Report on sanitation, dispensaries, and jails in Rajputana for 1913, and on vaccination for the year 1913-1914 - 1913-1914
Year: 1913
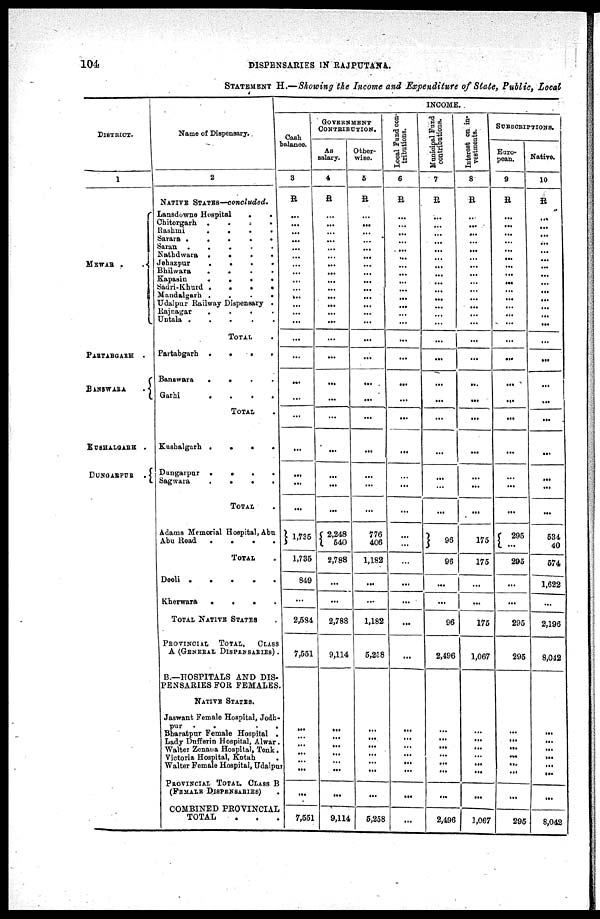
104
DISPENSARIES IN RAJPUTANA.
STATEMENT H.—Showing the Income and Expenditure of State, Public, Local
DISTRICT.
1
MEWAR
PARTABGARH .
BANSWARA
.
KUSHALGARH .
DUNGARPUR
.
Name of Dispensary.
2
NATIVE STATES—concluded.
Lansdowne Hospital
.
.
Chitorgarh .
.
.
.
Rashmi . . . .
Sarara .
.
.
.
.
Saran
.
.
.
.
.
Nathdwara .
.
.
.
Jehazpur
.
.
.
.
Bhilwara
.
. . .
Kapasin
.
.
.
.
Sadri-Khurd .
.
.
.
Mandalgarh .
.
.
.
Udaipur Railway Dispensary .
Rajnagar
.
.
.
.
Untala
.
.
.
.
.
TOTAL .
Partabgarh .
.
.
.
Banswara
.
. . .
Garhi
.
.
.
.
TOTAL .
Kushalgarh .
.
.
.
Dungarpur .
.
.
.
Sagwara
.
.
.
.
TOTAL .
Adams Memorial Hospital, Abu
Abu Road
.
.
.
.
TOTAL .
Deoli . . . . .
Kherwara
.
.
. .
TOTAL NATIVE STATES
PROVINCIAL
TOTAL,
CLASS
A (GENERAL DISPENSARIES) .
B— HOSPITALS AND DIS¬
PENSARIES FOR FEMALES.
NATIVE STATES.
Jaswant Female Hospital, Jodh¬
pur . . . . .
Bharatpur Female Hospital .
Lady Dufferin Hospital, Alwar.
Walter Zenana Hospital, Tonk .
Victoria Hospital, Kotah
Walter Female Hospital, Udaipur
PROVINCIAL TOTAL, CLASS B
(FEMALE DISPENSARIES) .
COMBINED PROVINCIAL
TOTAL . . .
INCOME.
Cash
balance.
3
R
...
...
...
...
...
...
...
...
...
...
...
...
...
...
...
...
...
...
...
...
...
...
...
1,735
1,735
849
...
2,584
7,551
...
...
...
...
...
...
...
7,551
GOVERNMENT
CONTRIBUTION.
As
salary.
4
R
...
...
...
...
...
...
...
...
...
...
...
...
...
...
...
...
...
...
...
...
...
...
...
2,248
540
2,788
...
...
2,788
9,114
...
...
...
...
...
...
...
9,114
Other-
wise.
5
R
...
...
...
...
...
...
...
...
...
...
...
...
...
...
...
...
...
...
...
...
...
...
...
776
406
1,182
...
...
1,182
5,258
...
...
...
...
...
...
...
5,258
Local Fund con-
tributions.
6
R
...
...
...
...
...
...
...
...
...
...
...
...
...
...
...
...
...
...
...
...
...
...
...
...
...
...
...
...
...
...
...
...
...
...
...
...
...
...
Municipal Fund
contributions.
7
R
...
...
...
...
...
...
... ...
...
...
...
...
...
...
...
...
...
...
...
...
...
...
...
96
96
...
...
96
2,496
...
...
...
...
...
...
...
2,496
Interest on in¬
vestments.
8
R
...
...
...
...
...
...
...
...
...
...
...
...
...
...
...
...
...
...
...
...
...
...
...
175
175
...
...
175
1,067
...
...
...
...
...
...
...
1,067
SUBSCRIPTIONS.
Euro¬
pean.
9
R
...
...
...
...
...
...
...
...
...
...
...
...
...
...
...
...
...
...
...
...
...
...
...
295
...
295
...
...
295
295
...
...
...
...
...
...
...
295
Native.
10
R
...
...
...
...
...
...
...
...
...
...
...
...
...
...
...
...
...
...
...
...
...
...
...
534
40
574
1,622
...
2,196
8,042
...
...
...
...
...
...
...
8,042